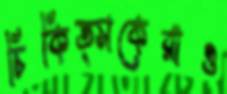
চিকিত্সকেরাও